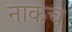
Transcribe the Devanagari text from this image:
नाकच